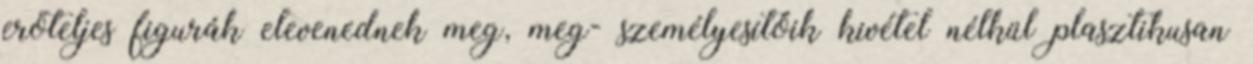
erőteljes figurák elevenednek meg, meg- személyesítőik kivétel nélkül plasztikusan